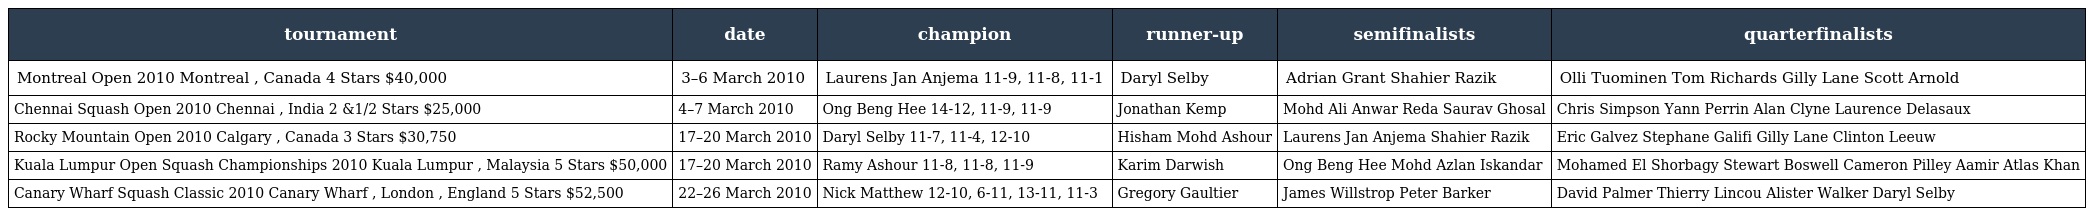
| tournament | date | champion | runner-up | semifinalists | quarterfinalists |
 | --- | --- | --- | --- | --- | --- |
 | Montreal Open 2010 Montreal , Canada 4 Stars $40,000 | 3–6 March 2010 | Laurens Jan Anjema 11-9, 11-8, 11-1 | Daryl Selby | Adrian Grant Shahier Razik | Olli Tuominen Tom Richards Gilly Lane Scott Arnold |
 | Chennai Squash Open 2010 Chennai , India 2 &1/2 Stars $25,000 | 4–7 March 2010 | Ong Beng Hee 14-12, 11-9, 11-9 | Jonathan Kemp | Mohd Ali Anwar Reda Saurav Ghosal | Chris Simpson Yann Perrin Alan Clyne Laurence Delasaux |
 | Rocky Mountain Open 2010 Calgary , Canada 3 Stars $30,750 | 17–20 March 2010 | Daryl Selby 11-7, 11-4, 12-10 | Hisham Mohd Ashour | Laurens Jan Anjema Shahier Razik | Eric Galvez Stephane Galifi Gilly Lane Clinton Leeuw |
 | Kuala Lumpur Open Squash Championships 2010 Kuala Lumpur , Malaysia 5 Stars $50,000 | 17–20 March 2010 | Ramy Ashour 11-8, 11-8, 11-9 | Karim Darwish | Ong Beng Hee Mohd Azlan Iskandar | Mohamed El Shorbagy Stewart Boswell Cameron Pilley Aamir Atlas Khan |
 | Canary Wharf Squash Classic 2010 Canary Wharf , London , England 5 Stars $52,500 | 22–26 March 2010 | Nick Matthew 12-10, 6-11, 13-11, 11-3 | Gregory Gaultier | James Willstrop Peter Barker | David Palmer Thierry Lincou Alister Walker Daryl Selby |